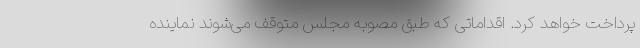
پرداخت خواهد کرد. اقداماتی که طبق مصوبه مجلس متوقف می‌شوند نماینده